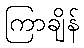
ကြာချိန်